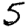
Digit: 5